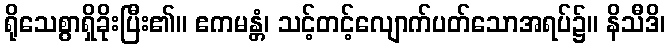
ရိုသေစွာရှိခိုးပြီး၏။ ဧကမန္တံ၊ သင့်တင့်လျောက်ပတ်သောအရပ်၌။ နိသီဒိ၊